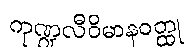
ကုဏ္ဍလီဝိမာနဝတ္ထု